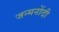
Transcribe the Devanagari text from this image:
जन्मनोंदी